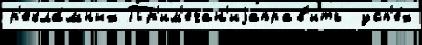
р'екла́мных Пр'им'ечан'иjаправ'ить  усп'е́х